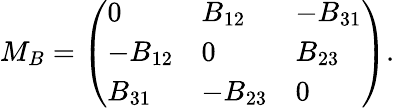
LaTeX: M_{B}={\left(\begin{array}{lll}{0}&{B_{12}}&{-B_{31}}\\ {-B_{12}}&{0}&{B_{23}}\\ {B_{31}}&{-B_{23}}&{0}\end{array}\right)}.